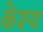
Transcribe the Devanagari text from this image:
केश्य